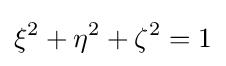
\xi ^{2}+\eta ^{2}+\zeta ^{2}=1